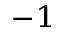
^ { - 1 }